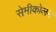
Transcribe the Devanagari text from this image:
सेमीकोलन